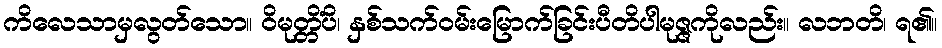
ကိလေသာမှလွတ်သော။ ဝိမုတ္တိံပိ၊ နှစ်သက်ဝမ်းမြောက်ခြင်းပီတိပါမုဇ္ဇကိုလည်း။ လဘတိ၊ ရ၏။